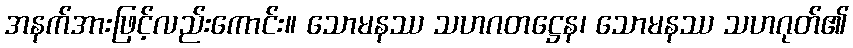
အနက်အားဖြင့်လည်းကောင်း။ သောမနဿ သဟဂတဋ္ဌေန၊ သောမနဿ သဟဂုတ်၏